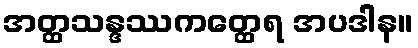
အတ္ထသန္ဒဿကတ္ထေရ အပဒါန။